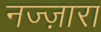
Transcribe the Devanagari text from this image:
नज्ज़ारा